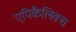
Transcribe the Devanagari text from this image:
एपिकैलिक्स